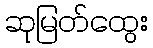
ဆုမြတ်ထွေး